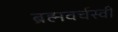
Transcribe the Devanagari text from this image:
ब्रह्मवर्चस्वी